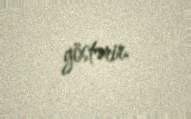
göstərir.